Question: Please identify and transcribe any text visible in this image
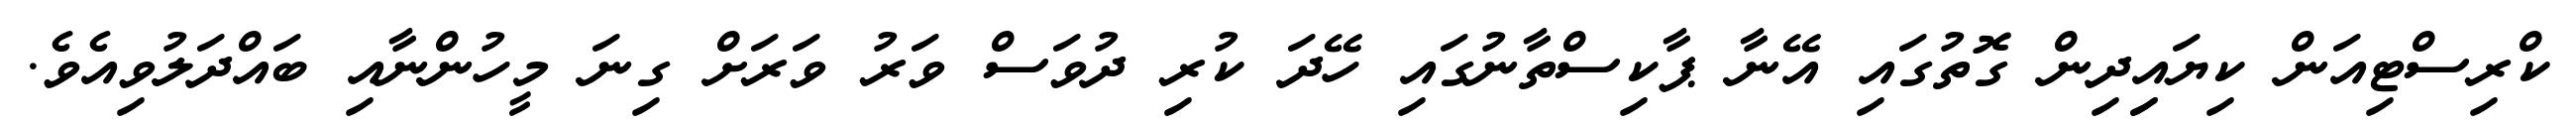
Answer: ކްރިސްޓިއަން ކިޔައިިދިން ގޮތުގައި އޭނާ ޕާކިސްތާނުގައި ހޭދަ ކުރި ދުވަސް ވަރު ވަރަށް ގިނަ މީހުންނާއި ބައްދަލުވިއެވެ.